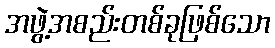
အဖွဲ့အစည်းတစ်ခုဖြစ်သော